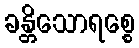
ခန္တိသောရစ္စေ